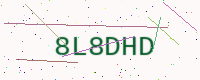
Text: 8L8DHD